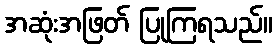
အဆုံးအဖြတ် ပြုကြရသည်။